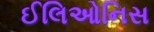
ઈલિઓનિસ